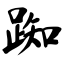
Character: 踟